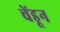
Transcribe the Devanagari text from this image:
चेंडून